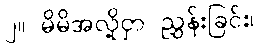
၂။ မိမိအလို့ငှာ ညွှန်းခြင်း၊